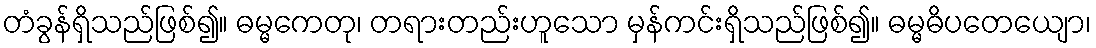
တံခွန်ရှိသည်ဖြစ်၍။ ဓမ္မကေတု၊ တရားတည်းဟူသော မှန်ကင်းရှိသည်ဖြစ်၍။ ဓမ္မဓိပတေယျော၊